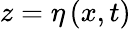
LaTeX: z=\eta\left(x,t\right)